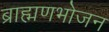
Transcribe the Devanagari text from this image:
ब्राह्मणभोजन